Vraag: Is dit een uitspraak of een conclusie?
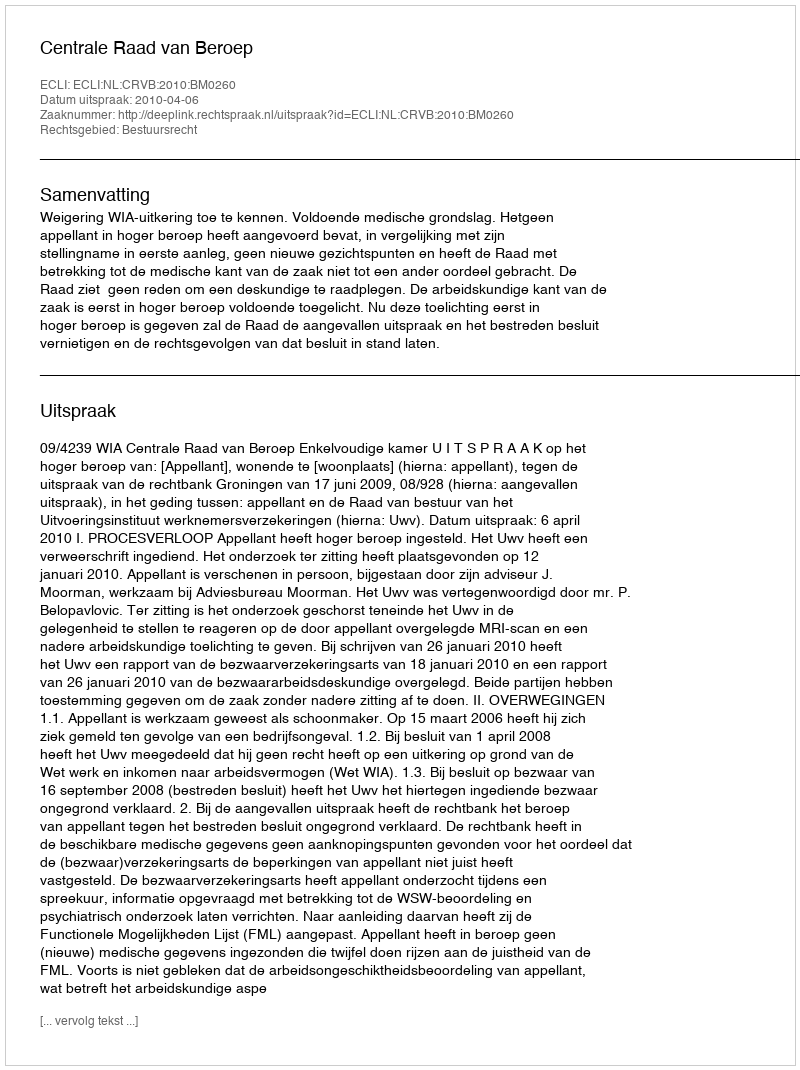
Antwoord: Uitspraak